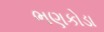
ભણકોડા